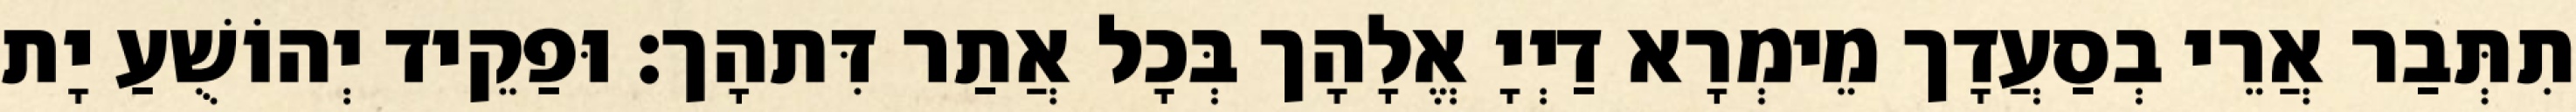
תִתְּבַר אֲרֵי בְסַעֲדָך מֵימְרָא דַיְיָ אֱלָהָך בְּכָל אֲתַר דִּתהָך׃ וּפַקֵיד יְהוֹשֻׁעַ יָת